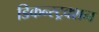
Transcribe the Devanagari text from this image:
डिकन्स्ट्रक्शन